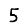
Digit: 5